Document type: Enfranchisement
Year: 1297
Scribe: Jaume de Trilla
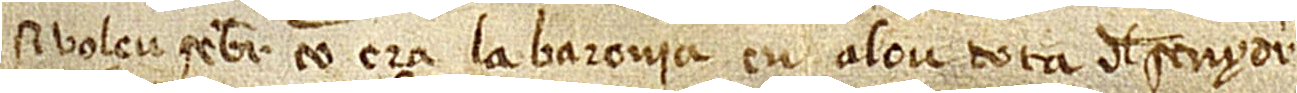
Si voleu saber com era la baronia en alou tota del senyor,